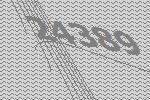
24389